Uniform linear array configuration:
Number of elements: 32
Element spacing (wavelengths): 0.5
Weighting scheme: binomial
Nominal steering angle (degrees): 45
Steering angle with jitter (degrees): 46.584
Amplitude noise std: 0.05
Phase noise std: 0.05

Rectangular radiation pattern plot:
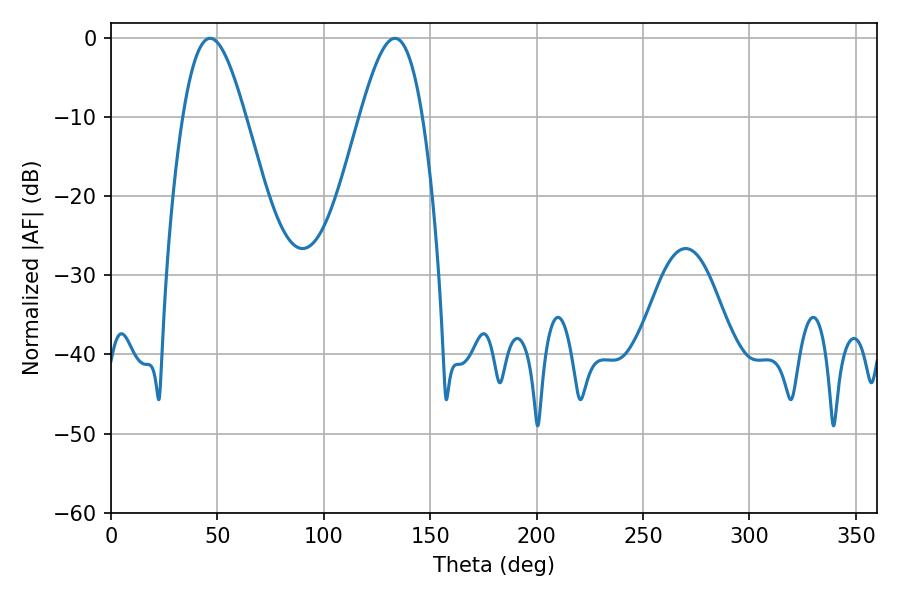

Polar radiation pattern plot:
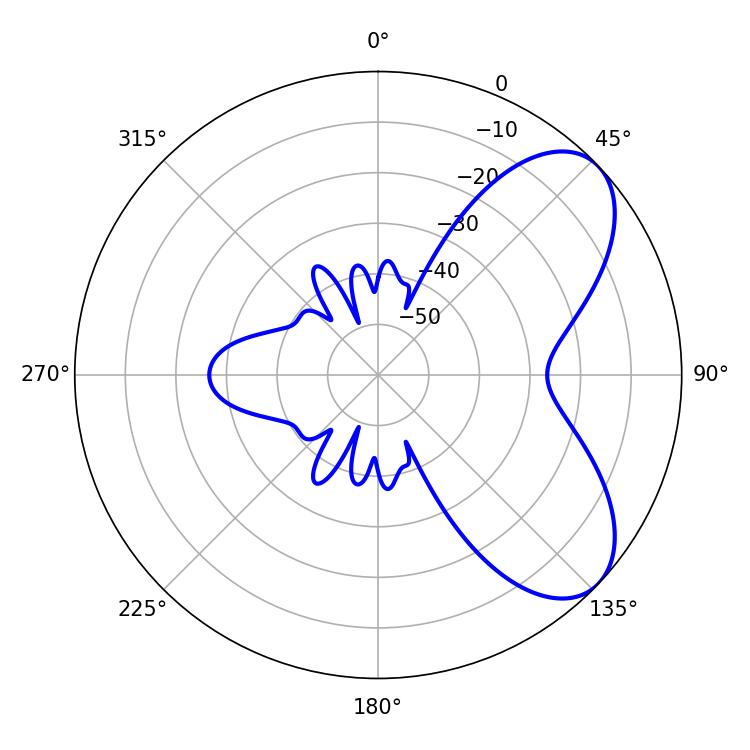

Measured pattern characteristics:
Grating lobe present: FALSE
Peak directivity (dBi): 6.532
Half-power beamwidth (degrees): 15.84
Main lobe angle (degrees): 46.62